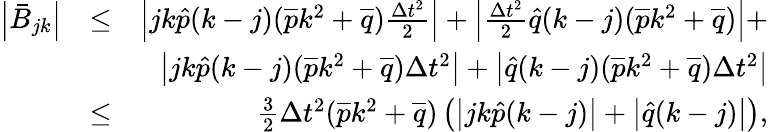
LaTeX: \begin{array}{rlr}{\left|\bar{B}_{jk}\right|}&{\leq}&{\left|jk\hat{p}(k-j)(\overline{{p}}k^{2}+\overline{{q}})\frac{\Delta t^{2}}{2}\right|+\left|\frac{\Delta t^{2}}{2}\hat{q}(k-j)(\overline{{p}}k^{2}+\overline{{q}})\right|+}\\ &{}&{\left|jk\hat{p}(k-j)(\overline{{p}}k^{2}+\overline{{q}})\Delta t^{2}\right|+\left|\hat{q}(k-j)(\overline{{p}}k^{2}+\overline{{q}})\Delta t^{2}\right|}\\ &{\leq}&{\frac{3}{2}{\Delta t^{2}}(\overline{{p}}k^{2}+\overline{{q}})\left(\left|jk\hat{p}(k-j)\right|+\left|\hat{q}(k-j)\right|\right),}\end{array}